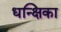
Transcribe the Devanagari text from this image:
धन्क्षिका